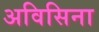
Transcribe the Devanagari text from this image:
अविसिना